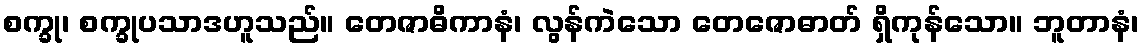
စက္ခု၊ စက္ခုပသာဒဟူသည်။ တေဇာဓိကာနံ၊ လွန်ကဲသော တေဇောဓာတ် ရှိကုန်သော။ ဘူတာနံ၊